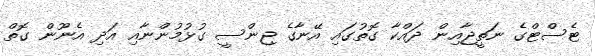
ޓެސްޓްގެ ނަތީޖާއިން ދައްކާ ގޮތުގައި އޭނާގެ ޖިންސީ ގުޅުމުންނާއި އަދި އެނޫން ގޮތް